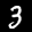
Label: 3